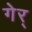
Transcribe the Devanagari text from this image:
गेर्